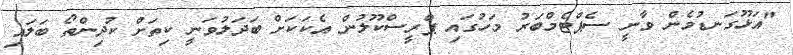
"އަޅޫގަނޑުމެން ވާނީ ސެޕްޓެމްބަރު މަހުގައި ޕްރީސްކޫލުން އެކަކަށް ބަދަލުވަނީ ކިތަށް ކުދިންތޯ ބަލައި